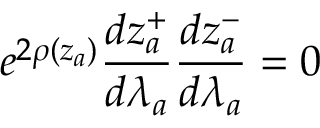
e ^ { 2 \rho ( z _ { a } ) } \frac { d z _ { a } ^ { + } } { d \lambda _ { a } } \frac { d z _ { a } ^ { - } } { d \lambda _ { a } } = 0